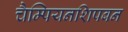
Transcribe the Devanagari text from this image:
चैम्पियनशिपबन